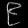
Digit: ၉